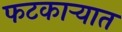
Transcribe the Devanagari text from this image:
फटकाऱ्यात